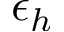
\epsilon _ { h }